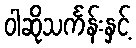
ဝါဆိုသင်္ကန်းနှင့်